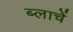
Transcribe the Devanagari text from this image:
ब्लाचें